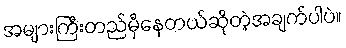
အများကြီးတည်မှီနေတယ်ဆိုတဲ့အချက်ပါပဲ။